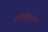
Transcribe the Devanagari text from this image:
अनिरीश्वरवाद